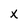
Character: x